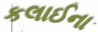
કલાઈના